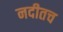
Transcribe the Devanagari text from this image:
नदीतच